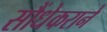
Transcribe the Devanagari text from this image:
सौंधेकराने